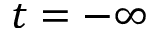
t = - \infty